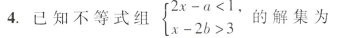
4.已知不等式组 $$\begin {cases}